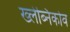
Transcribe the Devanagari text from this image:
ख्लेब्निकोव